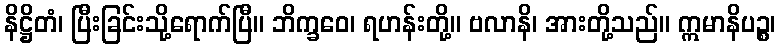
နိဋ္ဌိတံ၊ ပြီးခြင်းသို့ရောက်ပြီ။ ဘိက္ခဝေ၊ ရဟန်းတို့။ ဗလာနိ၊ အားတို့သည်။ ဣမာနိပဉ္စ၊